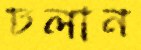
ঢলান